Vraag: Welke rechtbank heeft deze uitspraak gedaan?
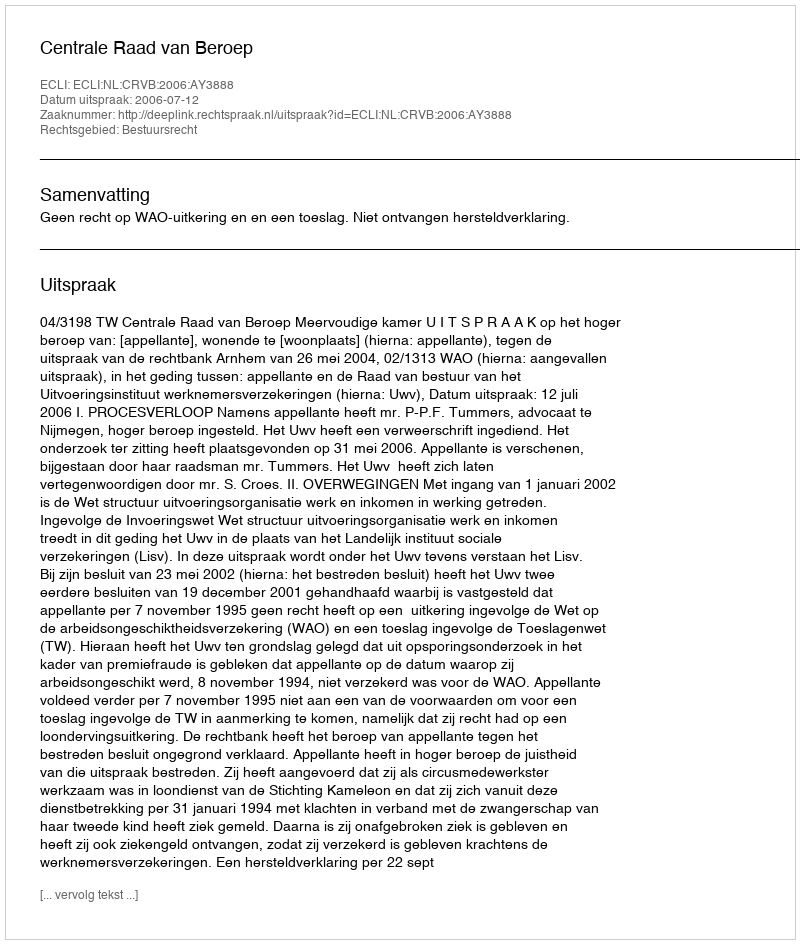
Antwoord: Centrale Raad van Beroep